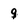
Character: 9